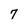
Character: 7